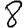
Digit: 8